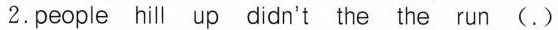
2.people hill up didn't the the run (.)